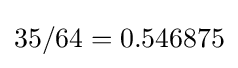
35/64=0.546875